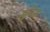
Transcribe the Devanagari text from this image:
मुनिम